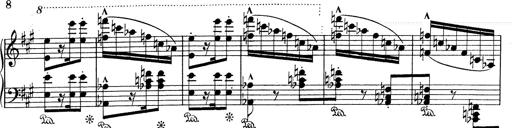
Title: Mephisto Waltz No.1
Composer: Franz Liszt